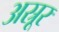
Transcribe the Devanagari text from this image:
अस्रूर